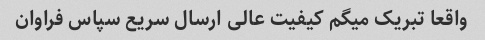
واقعا تبریک میگم کیفیت عالی ارسال سریع سپاس فراوان